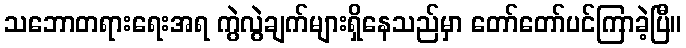
သဘောတရားရေးအရ ကွဲလွဲချက်များရှိနေသည်မှာ တော်တော်ပင်ကြာခဲ့ပြီ။